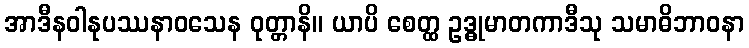
အာဒီနဝါနုပဿနာဝသေန ဝုတ္တာနိ။ ယာပိ စေတ္ထ ဥဒ္ဓုမာတကာဒီသု သမာဓိဘာဝနာ